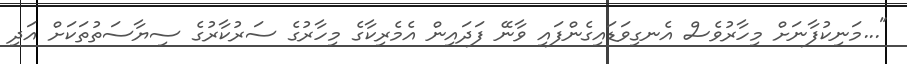
"...މަނިކުފާނަށް މިހާރުވެސް އެނގިވަޑައިގެންފައި ވާނޭ ފަދައިން އެމެރިކާގެ މިހާރުގެ ސަރުކާރުގެ ސިޔާސަތުތަކަށް އަދި